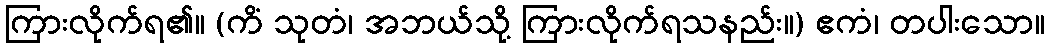
ကြားလိုက်ရ၏။ (ကိံ သုတံ၊ အဘယ်သို့ ကြားလိုက်ရသနည်း။) ဧကံ၊ တပါးသော။